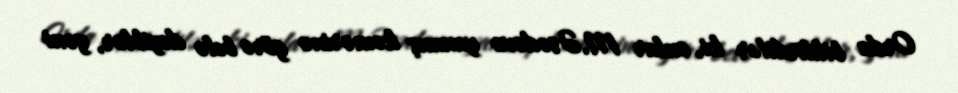
Orda bildirdilər ki, onlar M.Əsədovu yanmış kəmərinə görə belə deyiblər, yəni